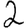
Digit: 2